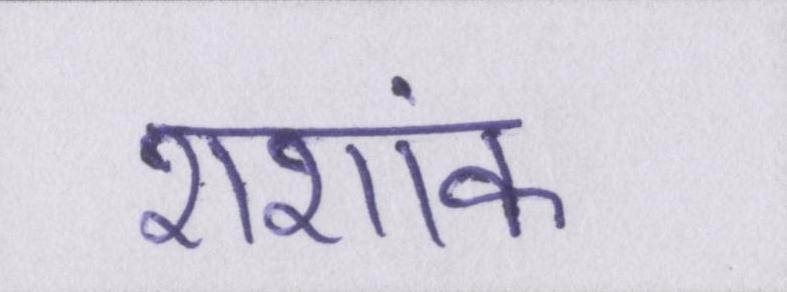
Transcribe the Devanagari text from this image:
शशांक